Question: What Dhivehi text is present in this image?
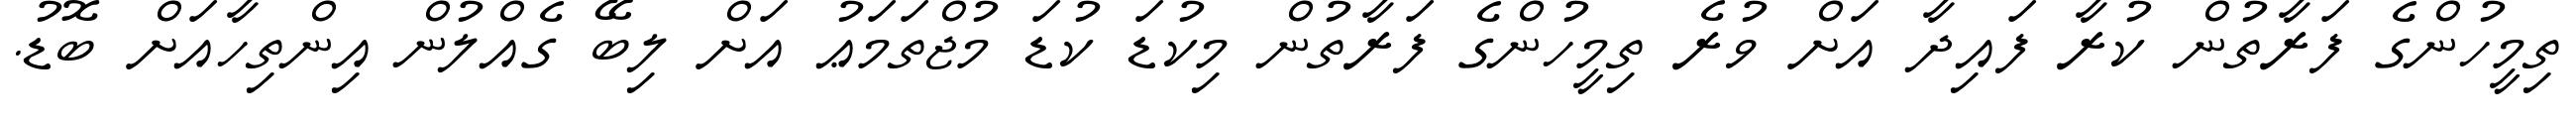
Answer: ތިމީހުންގެ ފަރާތުން ކުރާ ފައިދާ އަށް ވުރެ ތިމީހުންގެ ފަރާތުން މިކުޑަ ކުޑަ މުޖްތަމަޢު އަށް ލިބޭ ގެއްލުން އިންތިހާއަށް ބޮޑު.